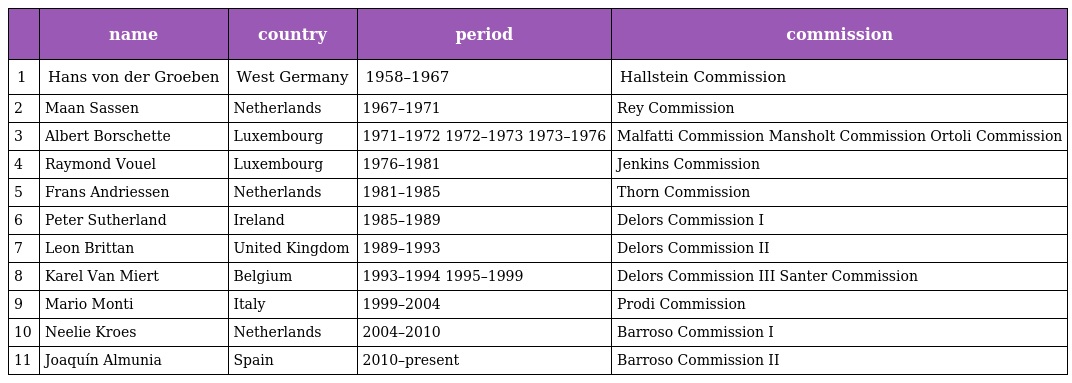
|  | name | country | period | commission |
 | --- | --- | --- | --- | --- |
 | 1 | Hans von der Groeben | West Germany | 1958–1967 | Hallstein Commission |
 | 2 | Maan Sassen | Netherlands | 1967–1971 | Rey Commission |
 | 3 | Albert Borschette | Luxembourg | 1971–1972 1972–1973 1973–1976 | Malfatti Commission Mansholt Commission Ortoli Commission |
 | 4 | Raymond Vouel | Luxembourg | 1976–1981 | Jenkins Commission |
 | 5 | Frans Andriessen | Netherlands | 1981–1985 | Thorn Commission |
 | 6 | Peter Sutherland | Ireland | 1985–1989 | Delors Commission I |
 | 7 | Leon Brittan | United Kingdom | 1989–1993 | Delors Commission II |
 | 8 | Karel Van Miert | Belgium | 1993–1994 1995–1999 | Delors Commission III Santer Commission |
 | 9 | Mario Monti | Italy | 1999–2004 | Prodi Commission |
 | 10 | Neelie Kroes | Netherlands | 2004–2010 | Barroso Commission I |
 | 11 | Joaquín Almunia | Spain | 2010–present | Barroso Commission II |